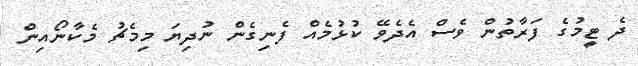
ދެ ޓީމުގެ ފަރާތުން ވެސް އެދެވޭ ކުޅުމެއް ފެނިގެން ނުދިޔަ މިމެޗު މެކާނޯއިން